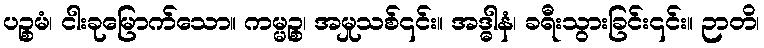
ပဉ္စမံ၊ ငါးခုမြောက်သော။ ကမ္မဉ္စ၊ အမှုသစ်၎င်း။ အဒ္ဓါနံ၊ ခရီးသွားခြင်း၎င်း။ ဉာတိ၊